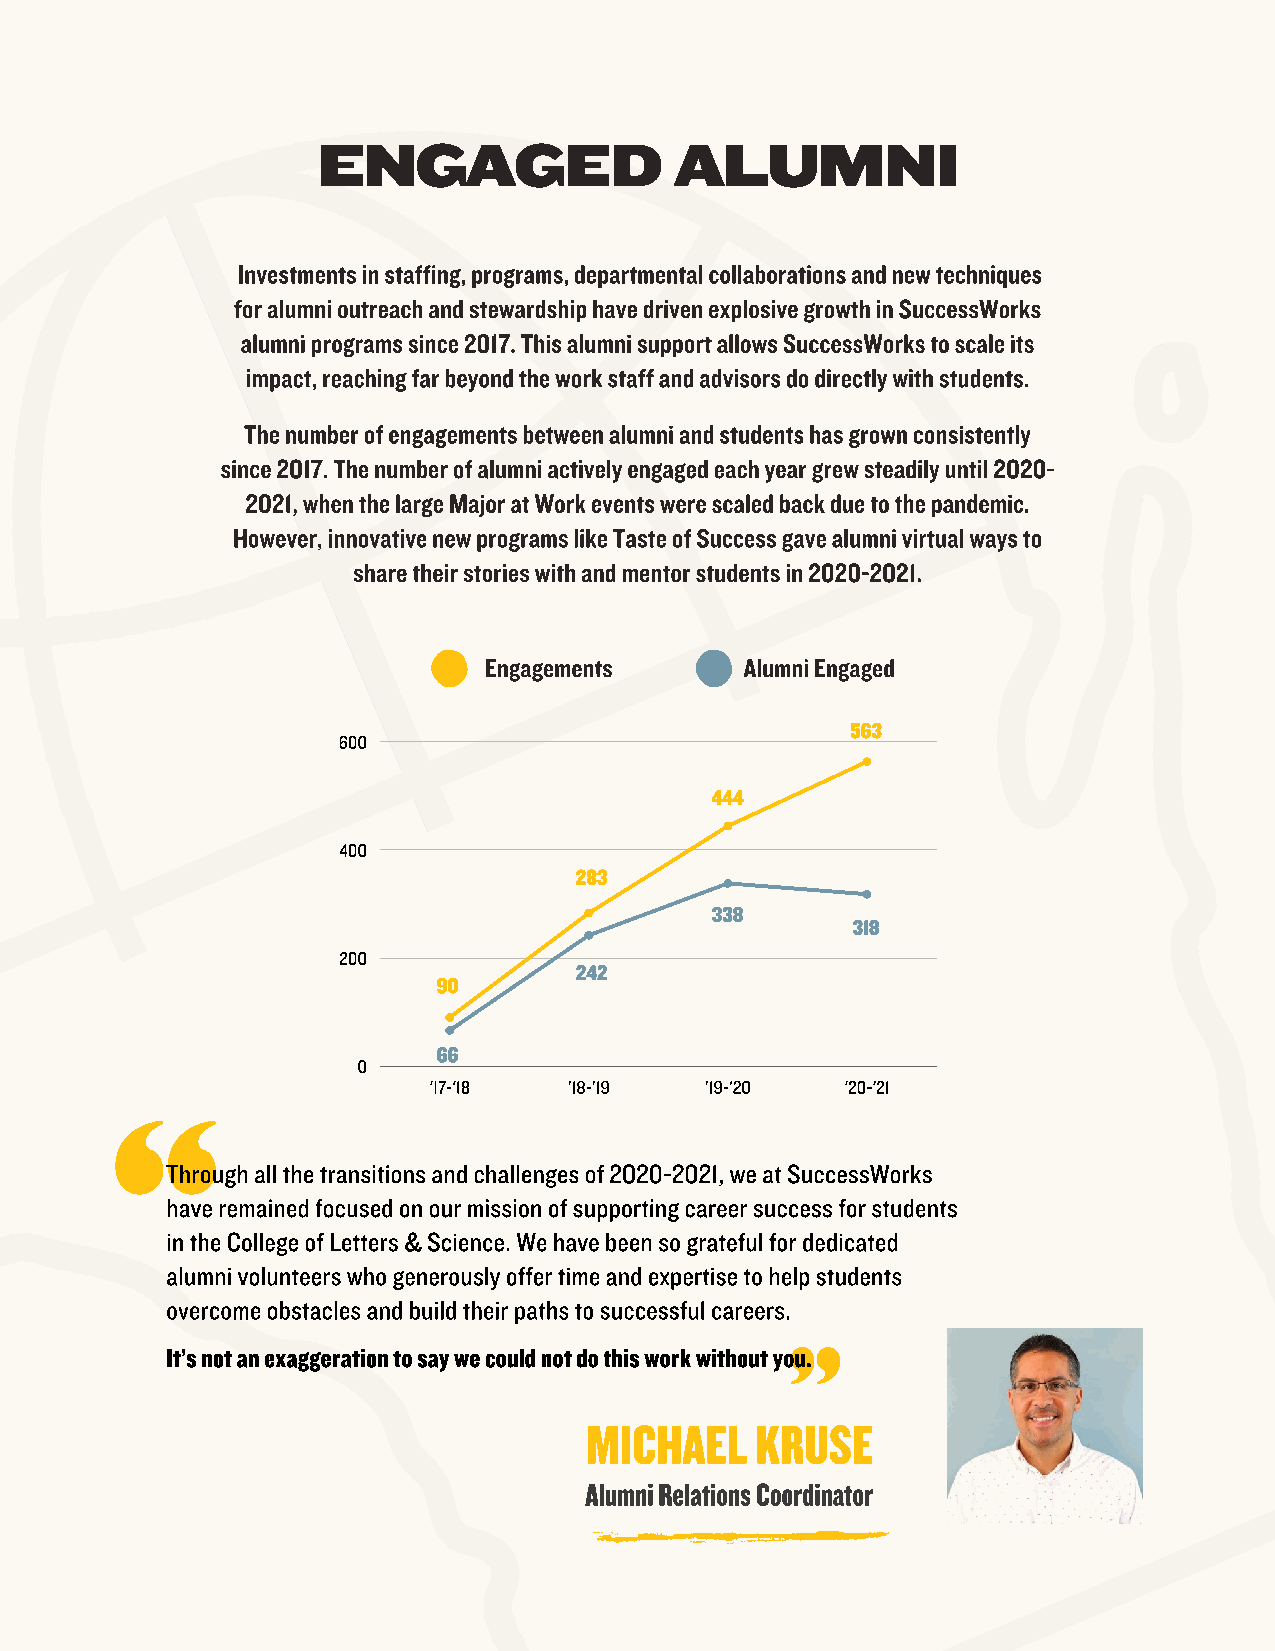
ENGAGED                 ALUMNI
 Investments in staffing, programs, departmental collaborations and new techniques
 for alumni outreach and stewardship have driven explosive growth in SuccessWorks
 alumni programs since 2017. This alumni support allows SuccessWorks to scale its
 impact, reaching far beyond the work staff and advisors do directly with students.
 The number of engagements between alumni and students has grown consistently
 since 2017. The number of alumni actively engaged each year grew steadily until 2020-
 2021, when the large Major at Work events were scaled back due to the pandemic.
 However, innovative new programs like Taste of Success gave alumni virtual ways to
 share their stories with and mentor students in 2020-2021.
 Engagements      Alumni Engaged
 563
 600
 444
 400
 283
 338
 318
 200
 242
 90
 66
 0
 '17-'18   '18-'19  '19-'20  '20-'21
 Through all the transitions and challenges of 2020-2021, we at SuccessWorks
 have remained focused on our mission of supporting career success for students
 in the College of Letters & Science. We have been so grateful for dedicated
 alumni volunteers who generously offer time and expertise to help students
 overcome obstacles and build their paths to successful careers.
 It’s not an exaggeration to say we could not do this work without you.
 MICHAEL    KRUSE
 Alumni Relations Coordinator